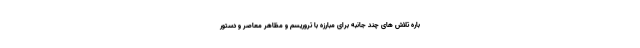
باره تلاش های چند جانبه برای مبارزه با تروریسم و ‌مظاهر معاصر و دستور